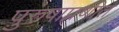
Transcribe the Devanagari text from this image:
पुरुषाप्रणीत